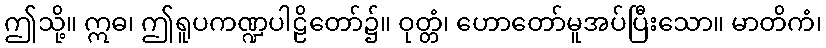
ဤသို့။ ဣဓ၊ ဤရူပကဏ္ဍပါဠိတော်၌။ ဝုတ္တံ၊ ဟောတော်မူအပ်ပြီးသော။ မာတိကံ၊